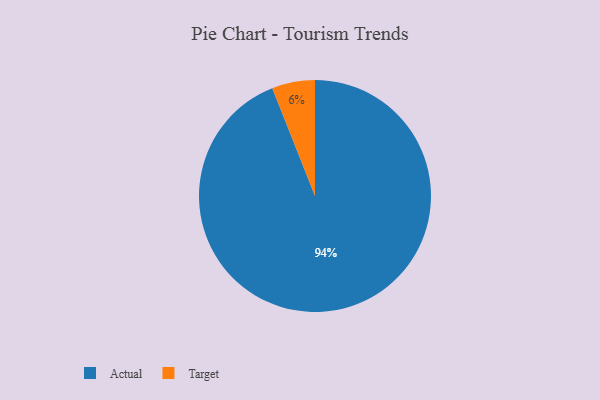
{"axis": {"x": "Category", "y": "Percentage"}, "legend": ["Actual", "Target"], "data": [{"x": "Target", "y": 6, "type": "Target"}, {"x": "Actual", "y": 94, "type": "Actual"}]}